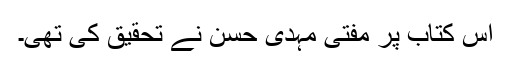
اس کتاب پر مفتی مہدی حسن نے تحقیق کی تھی۔